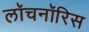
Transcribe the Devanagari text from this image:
लॉचनॉरिस